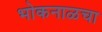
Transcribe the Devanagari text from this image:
भोकनाळचा